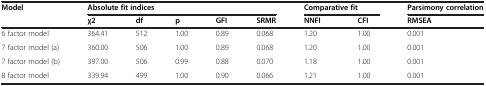
| Model | <COLSPAN=5> Absolute fit indices | <COLSPAN=2> Comparative fit | Parsimony correlation |
 |  | χ2 | df | p | GFI | SRMR | NNFI | CFI | RMSEA |
 | --- | --- | --- | --- | --- | --- | --- | --- | --- |
 | 6 factor model | 364.41 | 512 | 1.00 | 0.89 | 0.068 | 1.20 | 1.00 | 0.001 |
 | 7 factor model (a) | 360.00 | 506 | 1.00 | 0.89 | 0.068 | 1.20 | 1.00 | 0.001 |
 | 7 factor model (b) | 397.00 | 506 | 0.99 | 0.88 | 0.070 | 1.18 | 1.00 | 0.001 |
 | 8 factor model | 339.94 | 499 | 1.00 | 0.90 | 0.066 | 1.21 | 1.00 | 0.001 |